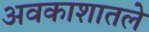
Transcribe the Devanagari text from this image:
अवकाशातले